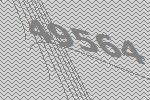
49564